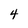
Character: 4